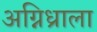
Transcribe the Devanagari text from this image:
अग्निध्राला